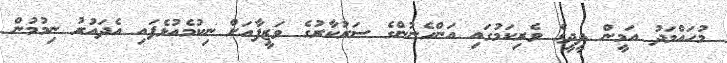
މުހައްމަދު އަމީން ދީދީގެ ވެރިކަމުގައި އަންހެނުންގެ ސަރުކާރުގެ ވަޒީފާއަށް ނިކުމެއުޅެފައި އެދައުރު ނިމުމުން